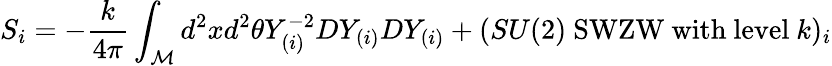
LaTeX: S_{i}=-\frac{k}{4\pi}\int_{\cal M}d^{2}xd^{2}\theta Y_{(i)}^{-2}DY_{(i)}DY_{(i)}+(SU(2)\mathrm{~SWZW~with~level~}k)_{i}